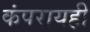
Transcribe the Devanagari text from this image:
कंपरायही